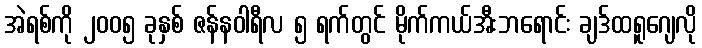
အဲရစ်ကို ၂၀၀၅ ခုနှစ် ဇန်နဝါရီလ ၅ ရက်တွင် မိုက်ကယ်အီးဘရောင်း ချဒ်ထရူဂျေလို